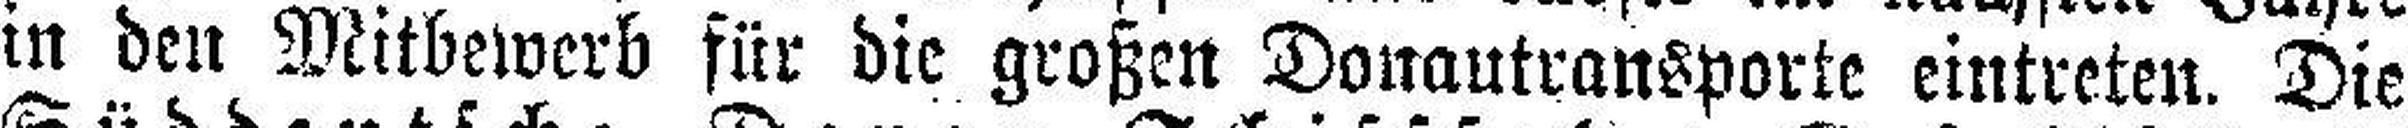
in den Mitbewerb für die großen Donautransporte eintreten. Die